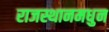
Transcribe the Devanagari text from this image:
राजस्थानमधुन